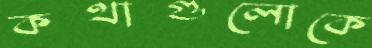
কথাগুলোকে